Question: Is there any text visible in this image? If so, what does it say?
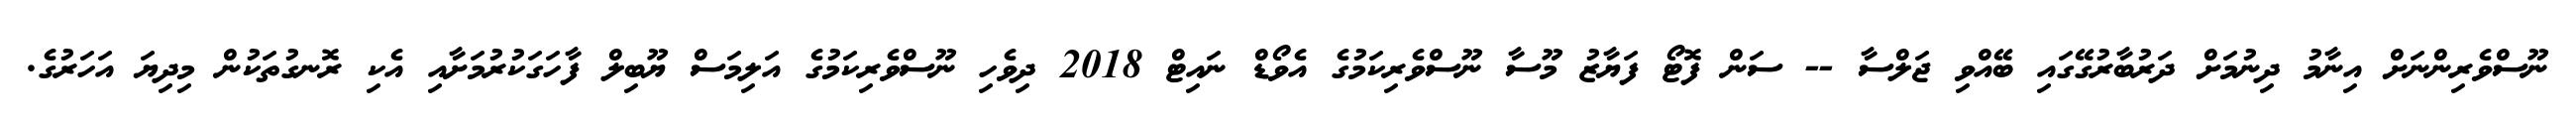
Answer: ނޫސްވެރިންނަށް އިނާމު ދިނުމަށް ދަރުބާރުގޭގައި ބޭއްވި ޖަލްސާ -- ސަން ފޮޓޯ ފަޔާޒު މޫސާ ނޫސްވެރިކަމުގެ އެވޯޑް ނައިޓް 2018 ދިވެހި ނޫސްވެރިކަމުގެ އަލިމަސް ޔޫބިލް ފާހަގަކުރުމަށާއި އެކި ރޮނގުތަކުން މިދިޔަ އަހަރުގެ.